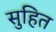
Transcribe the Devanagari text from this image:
सुहित